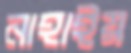
নাহাইয়